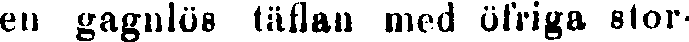
en gagnlös täflan med öfriga stor-